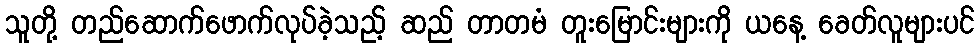
သူတို့ တည်ဆောက်ဖောက်လုပ်ခဲ့သည့် ဆည် တာတမံ တူးမြောင်းများကို ယနေ့ ခေတ်လူများပင်